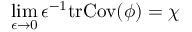
\operatorname* { l i m } _ { \epsilon \rightarrow 0 } \epsilon ^ { - 1 } \mathrm { t r } \mathrm { C o v } ( \phi ) = \chi